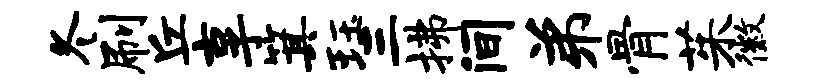
冬刷丘享箕珏三拂间弟骨茱徽